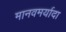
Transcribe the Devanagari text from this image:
मानवमर्यादा